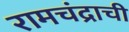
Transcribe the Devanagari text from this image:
रामचंद्राची